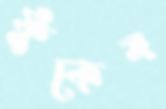
ফুঁকেন